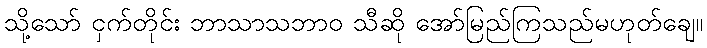
သို့သော် ငှက်တိုင်း ဘာသာသဘာဝ သီဆို အော်မြည်ကြသည်မဟုတ်ချေ။